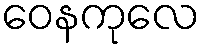
ဝေနကုလေ